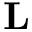
{ \bf { L } }